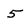
Character: 5